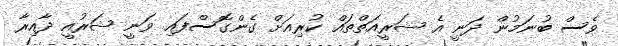
ވެސް ބުނަމުން ދަނީ އެ ޝަރީއަތްތައް ކުރިއަށް ގެންގޮސްފައި ވަނީ ޝަރުއީ ދާއިރާ